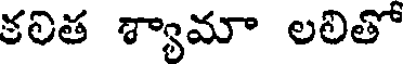
కలిత శ్యామా లలితో